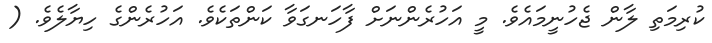
ކުރިމަތި ލާން ޖެހުނީމައެވެ. މީ އަހުރެންނަށް ފާހަނގަވާ ކަންތަކެވެ. އަހުރެންގެ ހިޔާލެވެ. (